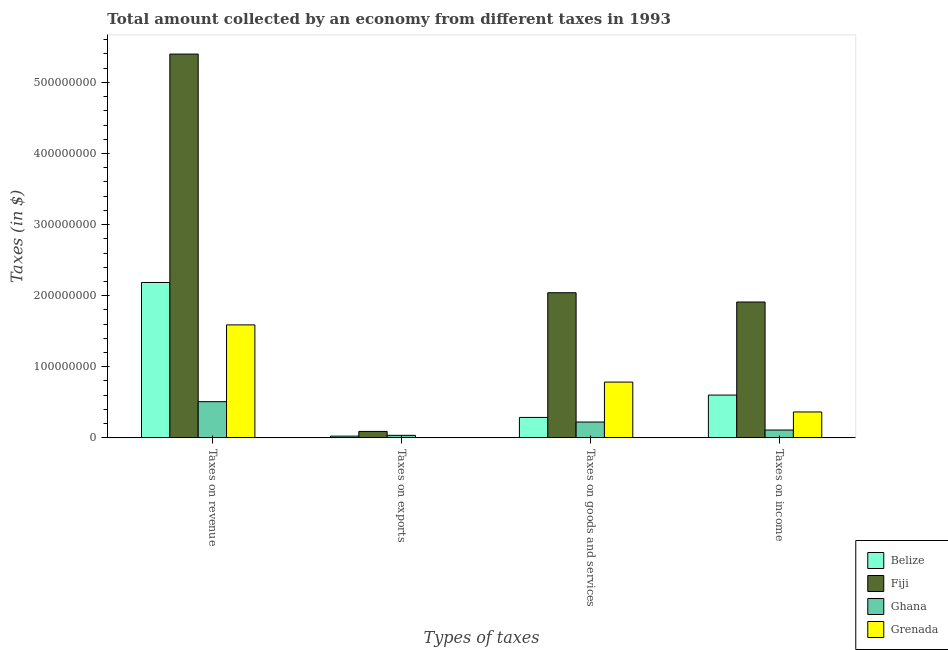
| Types of taxes | Belize | Fiji | Ghana | Grenada |
 | --- | --- | --- | --- | --- |
 | Taxes on revenue | 2.19e+08 | 5.4e+08 | 5.09e+07 | 1.59e+08 |
 | Taxes on exports | 2.45e+06 | 9.08e+06 | 3.57e+06 | 1e+04 |
 | Taxes on goods and services | 2.88e+07 | 2.04e+08 | 2.23e+07 | 7.85e+07 |
 | Taxes on income | 6.02e+07 | 1.91e+08 | 1.1e+07 | 3.64e+07 |